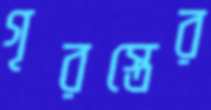
গৃরস্তের